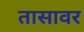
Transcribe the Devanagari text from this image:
तासावर